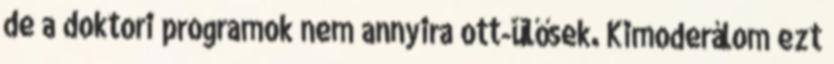
de a doktori programok nem annyira ott-ülősek. Kimoderálom ezt